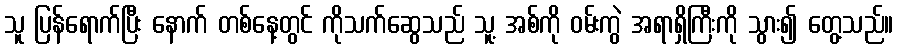
သူ ပြန်ရောက်ပြီး နောက် တစ်နေ့တွင် ကိုသက်ဆွေသည် သူ့ အစ်ကို ဝမ်းကွဲ အရာရှိကြီးကို သွား၍ တွေ့သည်။